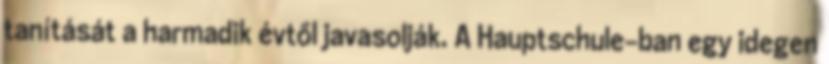
tanítását a harmadik évtől javasolják. A Hauptschule-ban egy idegen